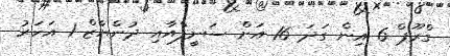
ގްރޫޕް 6 އިން ގަދަ 16 އަށް ސަނީފްއާއި ދުންޔާޒް 1 އަހަރު